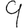
Digit: 9